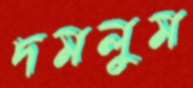
দমলুম